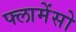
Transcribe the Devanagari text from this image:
फ्लामेंसो